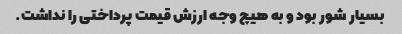
بسیار شور بود و به هیچ وجه ارزش قیمت پرداختی را نداشت.